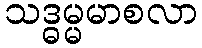
သဒ္ဓမ္မမာစလာ